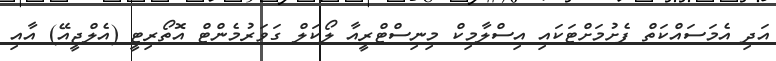
އަދި އެމަސައްކަތް ފެށުމަށްޓަކައި އިސްލާމިކް މިނިސްޓްރީއާ ލޯކަލް ގަވަރުމެންޓް އޮތޯރިޓީ (އެލްޖީއޭ) އާއި